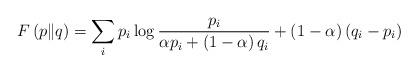
LaTeX: \begin{align*}F\left(p\|q\right)=\sum_{i}p_{i}\log\frac{p_{i}}{\alpha p_{i}+\left(1-\alpha\right)q_{i}}+\left(1-\alpha\right)\left(q_{i}-p_{i}\right) \end{align*}